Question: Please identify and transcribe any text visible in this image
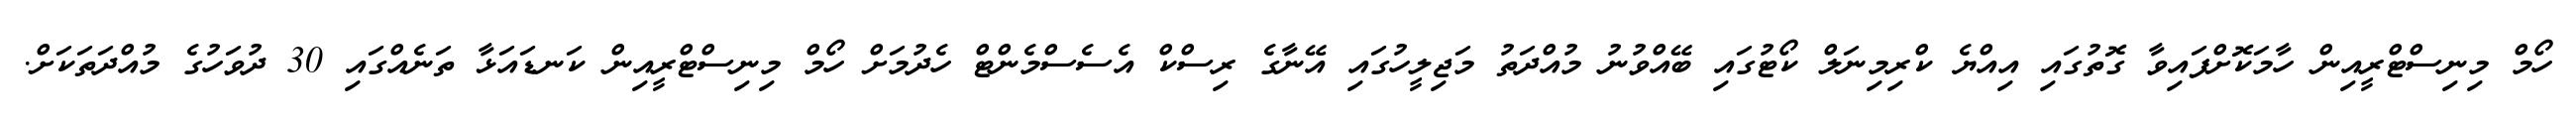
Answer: ހޯމް މިނިސްޓްރީއިން ހާމަކޮށްފައިވާ ގޮތުގައި އިއްޔެ ކްރިމިނަލް ކޯޓުގައި ބޭއްވުނު މުއްދަތު މަޖިލީހުގައި އޭނާގެ ރިސްކް އެސެސްމެންޓް ހެދުމަށް ހޯމް މިނިސްޓްރީއިން ކަނޑައަޅާ ތަނެއްގައި 30 ދުވަހުގެ މުއްދަތަކަށް.